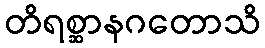
တိရစ္ဆာနဂတောသိ